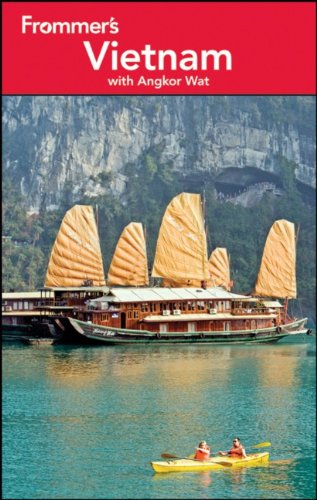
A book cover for Frommer's Vietnam: with Angkor Wat (Frommer's Complete Guides); Ron Emmons; Travel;